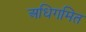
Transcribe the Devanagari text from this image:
अधिगमित